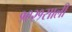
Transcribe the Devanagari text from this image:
१९२१साली